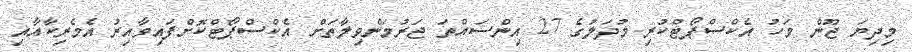
މިދިޔަ ޖޫން މަހު އެކްސްޕޯޓްކުރި މުދަލުގެ 27 އިންސައްތަ ޖަރުމަންވިލާތަށް އެކްސްޕޯޓްކޮށްފައިވާއިރު އެމެރިކާއާއި